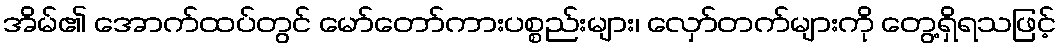
အိမ်၏ အောက်ထပ်တွင် မော်တော်ကားပစ္စည်းများ၊ လှော်တက်များကို တွေ့ရှိရသဖြင့်